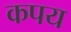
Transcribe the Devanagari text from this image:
कपय